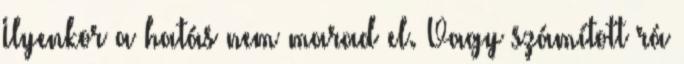
Ilyenkor a hatás nem marad el. Vagy számított rá